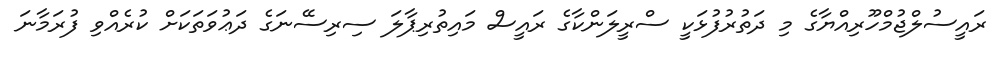
ރައީސުލްޖުމްހޫރިއްޔާގެ މި ދަތުރުފުޅަކީ ސްރީލަންކާގެ ރައީސް މައިތުރިޕާލަ ސިރިސޭނަގެ ދަޢުވަތަކަށް ކުރެއްވި ފުރަމާނަ